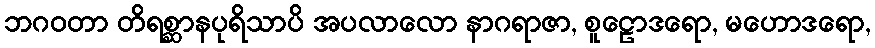
ဘဂဝတာ တိရစ္ဆာနပုရိသာပိ အပလာလော နာဂရာဇာ, စူဠောဒရော, မဟောဒရော,